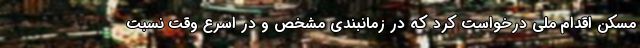
مسکن اقدام ملی درخواست کرد که در زمانبندی مشخص و در اسرع وقت نسبت